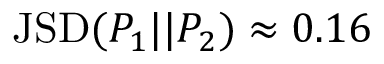
\mathrm { J S D } ( P _ { 1 } | | P _ { 2 } ) \approx 0 . 1 6